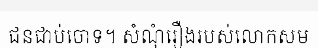
ជនជាប់ចោទ។ សំណុំរឿងរបស់លោកសម